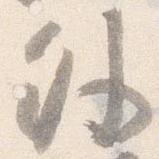
外